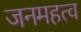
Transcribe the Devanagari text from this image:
जनमहत्व